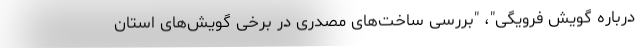
درباره گویش فرویگی"، "بررسی ساخت‌های مصدری در برخی گویش‌های استان